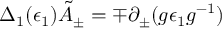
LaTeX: \Delta _ { 1 } ( \epsilon _ { 1 } ) \tilde { A } _ { \pm } = \mp \partial _ { \pm } ( g \epsilon _ { 1 } g ^ { - 1 } )